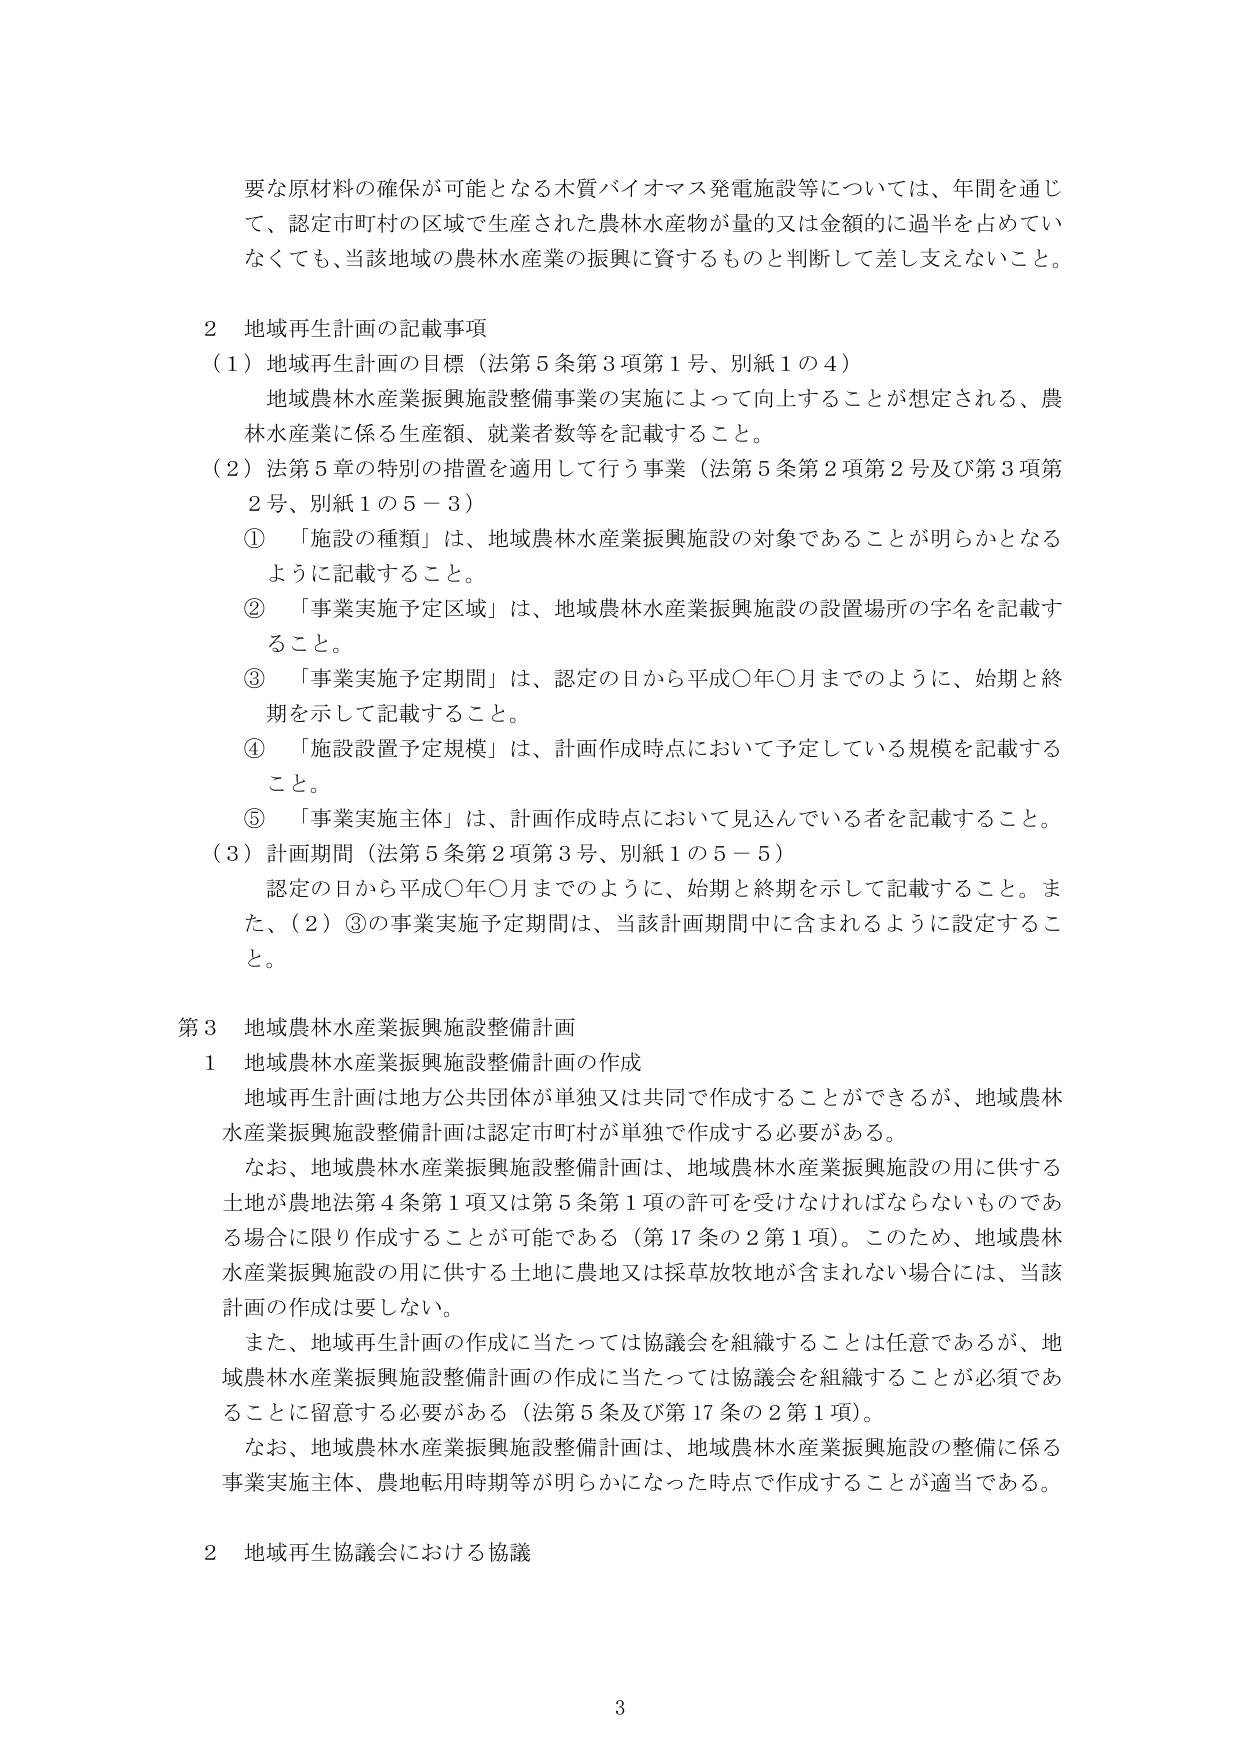
要な原材料の確保が可能となる木質バイオマス発電施設等については、年間を通じて、認定市町村の区域で生産された農林水産物が量的又は金額的に過半を占めていなくても、当該地域の農林水産業の振興に資するものと判断して差し支えないこと。

２ 地域再生計画の記載事項
（１）地域再生計画の目標（法第５条第３項第１号、別紙１の４）
　地域農林水産業振興施設整備事業の実施によって向上することが想定される、農林水産業に係る生産額、就業者数等を記載すること。
（２）法第５章の特別の措置を適用して行う事業（法第５条第２項第２号及び第３項第２号、別紙１の５－３）
　① 「施設の種類」は、地域農林水産業振興施設の対象であることが明らかとなるように記載すること。
　② 「事業実施予定区域」は、地域農林水産業振興施設の設置場所の字名を記載すること。
　③ 「事業実施予定期間」は、認定の日から平成〇年〇月までのように、始期と終期を示して記載すること。
　④ 「施設設置予定規模」は、計画作成時点において予定している規模を記載すること。
　⑤ 「事業実施主体」は、計画作成時点において見込んでいる者を記載すること。
（３）計画期間（法第５条第２項第３号、別紙１の５－５）
　認定の日から平成〇年〇月までのように、始期と終期を示して記載すること。また、（２）③の事業実施予定期間は、当該計画期間中に含まれるように設定すること。

第３ 地域農林水産業振興施設整備計画
１ 地域農林水産業振興施設整備計画の作成
　地域再生計画は地方公共団体が単独又は共同で作成することができるが、地域農林水産業振興施設整備計画は認定市町村が単独で作成する必要がある。
　なお、地域農林水産業振興施設整備計画は、地域農林水産業振興施設の用に供する土地が農地法第４条第１項又は第５条第１項の許可を受けなければならないものである場合に限り作成することが可能である（第17条の2第1項）。このため、地域農林水産業振興施設の用に供する土地に農地又は採草放牧地が含まれない場合には、当該計画の作成は要しない。
　また、地域再生計画の作成に当たっては協議会を組織することは任意であるが、地域農林水産業振興施設整備計画の作成に当たっては協議会を組織することが必須であることに留意する必要がある（法第５条及び第17条の2第1項）。
　なお、地域農林水産業振興施設整備計画は、地域農林水産業振興施設の整備に係る事業実施主体、農地転用時期等が明らかになった時点で作成することが適当である。

２ 地域再生協議会における協議

3